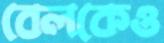
বেলকেও